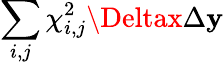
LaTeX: \sum_{i,j}\chi_{i,j}^{2}\Deltax\Delta\mathbf{y}